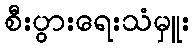
စီးပွားရေးသံမှူး